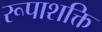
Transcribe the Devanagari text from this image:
रूपाशक्ति